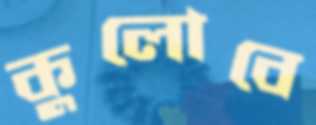
কুলোবে